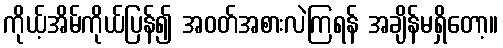
ကိုယ့်အိမ်ကိုယ်ပြန်၍ အဝတ်အစားလဲကြရန် အချိန်မရှိတော့။